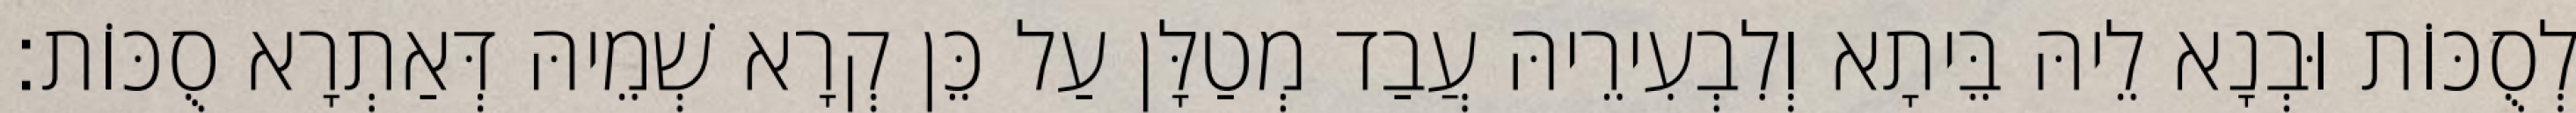
לְסֻכּוֹת וּבְנָא לֵיהּ בֵּיתָא וְלִבְעִירֵיהּ עֲבַד מְטַלָּן עַל כֵּן קְרָא שְׁמֵיהּ דְּאַתְרָא סֻכּוֹת׃